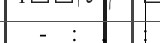
-  :